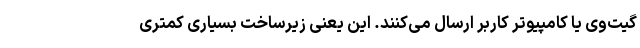
گیت‌وی یا کامپیوتر کاربر ارسال می‌کنند. این یعنی زیرساخت بسیاری کمتری